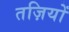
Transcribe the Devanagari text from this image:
तज़ियों